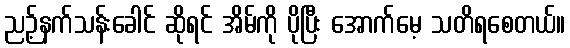
ညဉ့်နက်သန်းခေါင် ဆိုရင် အိမ်ကို ပိုပြီး အောက်မေ့ သတိရစေတယ်။